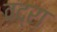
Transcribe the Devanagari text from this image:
वद्रा